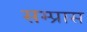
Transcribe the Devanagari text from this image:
सम्प्रास